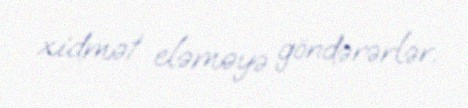
xidmət eləməyə göndərərlər.